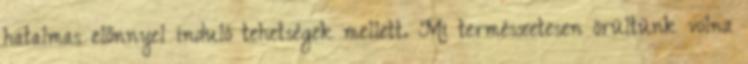
hatalmas előnnyel induló tehetségek mellett. Mi természetesen örültünk volna